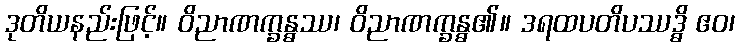
ဒုတိယနည်းဖြင့်။ ဝိညာဏက္ခန္ဓဿ၊ ဝိညာဏက္ခန္ဓ၏။ ဒရထပတိပဿဒ္ဓိ ဧဝ၊